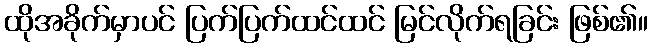
ထိုအခိုက်မှာပင် ပြက်ပြက်ထင်ထင် မြင်လိုက်ရခြင်း ဖြစ်၏။